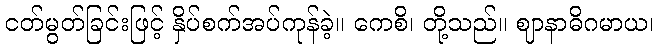
ငတ်မွတ်ခြင်းဖြင့် နှိပ်စက်အပ်ကုန်ခဲ့။ ကေစိ၊ တို့သည်။ ဈာနာဓိဂမာယ၊